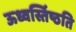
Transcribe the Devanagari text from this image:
ऊध्वर्स्तिष्ठति